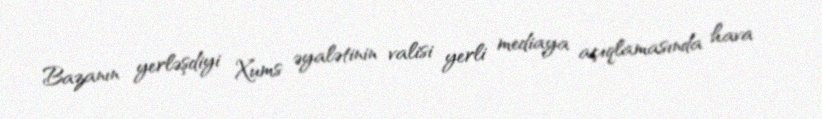
Bazanın yerləşdiyi Xums əyalətinin valisi yerli mediaya açıqlamasında hava